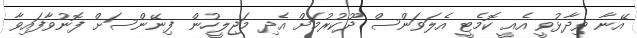
އޭނާ ވިދާޅުވީ އެއީ ކޮމެޓީ އެލަވަންސް ދޫކުރުމަށް އެދި މަޖިލީހުން ފިނޭންސަށް ފޮނުވާފައިވާ